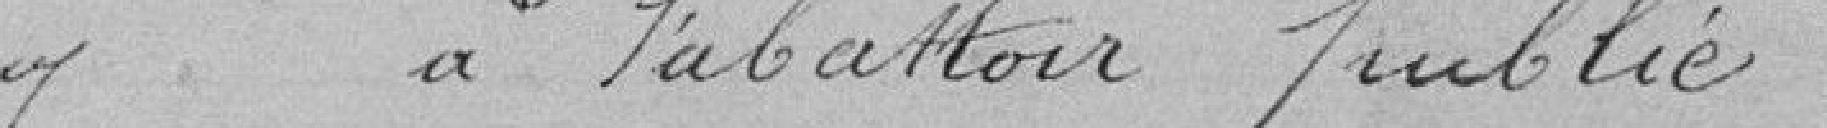
à abattoir public